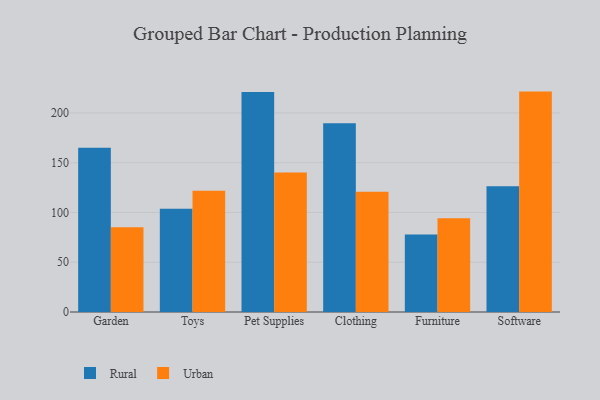
{"axis": {"x": "Category", "y": "Energy Usage (MWh)"}, "legend": ["Rural", "Urban"], "data": [{"x": "Garden", "y": 165.0, "type": "Rural"}, {"x": "Garden", "y": 85.1, "type": "Urban"}, {"x": "Toys", "y": 103.7, "type": "Rural"}, {"x": "Toys", "y": 121.9, "type": "Urban"}, {"x": "Pet Supplies", "y": 221.0, "type": "Rural"}, {"x": "Pet Supplies", "y": 140.2, "type": "Urban"}, {"x": "Clothing", "y": 189.5, "type": "Rural"}, {"x": "Clothing", "y": 120.9, "type": "Urban"}, {"x": "Furniture", "y": 77.9, "type": "Rural"}, {"x": "Furniture", "y": 94.2, "type": "Urban"}, {"x": "Software", "y": 126.3, "type": "Rural"}, {"x": "Software", "y": 221.4, "type": "Urban"}]}